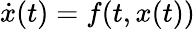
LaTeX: \dot{x}(t)=f(t,x(t))